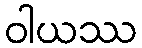
ဝါယဿ